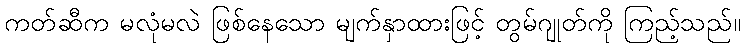
ကတ်ဆီက မလုံမလဲ ဖြစ်နေသော မျက်နှာထားဖြင့် တွမ်ဂျုတ်ကို ကြည့်သည်။